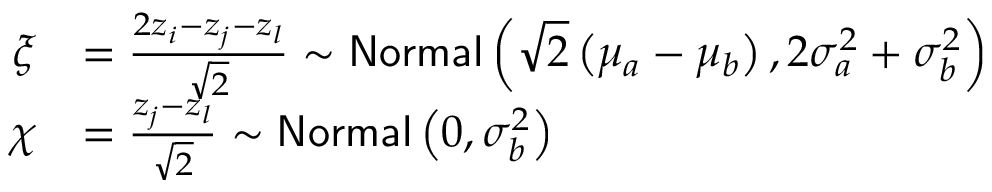
\begin{array} { r l } { \xi } & { = \frac { 2 z _ { i } - z _ { j } - z _ { l } } { \sqrt 2 } \sim \mathsf { N o r m a l } \left( \sqrt 2 \left( \mu _ { a } - \mu _ { b } \right) , 2 \sigma _ { a } ^ { 2 } + \sigma _ { b } ^ { 2 } \right) } \\ { \chi } & { = \frac { z _ { j } - z _ { l } } { \sqrt 2 } \sim \mathsf { N o r m a l } \left( 0 , \sigma _ { b } ^ { 2 } \right) } \end{array}